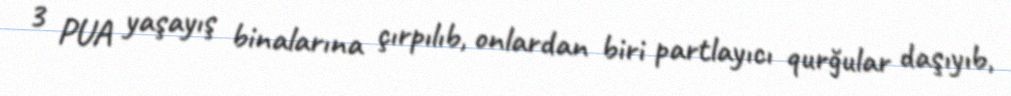
3 PUA yaşayış binalarına çırpılıb, onlardan biri partlayıcı qurğular daşıyıb,